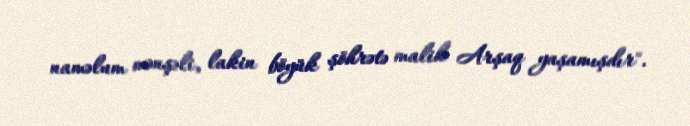
naməlum mənşəli, lakin böyük şöhrətə malik Arşaq yaşamışdır".